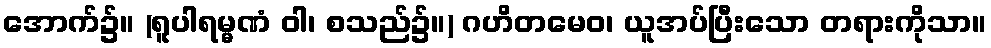
အောက်၌။ (ရူပါရမ္မဏံ ဝါ၊ စသည်၌။) ဂဟိတမေဝ၊ ယူအပ်ပြီးသော တရားကိုသာ။